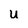
Character: u